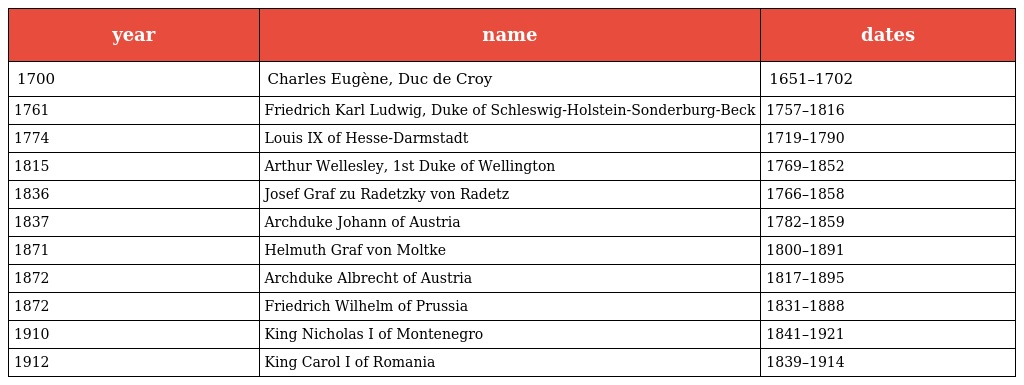
| year | name | dates |
 | --- | --- | --- |
 | 1700 | Charles Eugène, Duc de Croy | 1651–1702 |
 | 1761 | Friedrich Karl Ludwig, Duke of Schleswig-Holstein-Sonderburg-Beck | 1757–1816 |
 | 1774 | Louis IX of Hesse-Darmstadt | 1719–1790 |
 | 1815 | Arthur Wellesley, 1st Duke of Wellington | 1769–1852 |
 | 1836 | Josef Graf zu Radetzky von Radetz | 1766–1858 |
 | 1837 | Archduke Johann of Austria | 1782–1859 |
 | 1871 | Helmuth Graf von Moltke | 1800–1891 |
 | 1872 | Archduke Albrecht of Austria | 1817–1895 |
 | 1872 | Friedrich Wilhelm of Prussia | 1831–1888 |
 | 1910 | King Nicholas I of Montenegro | 1841–1921 |
 | 1912 | King Carol I of Romania | 1839–1914 |